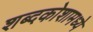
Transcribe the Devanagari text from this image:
शब्दकोशामध्ये